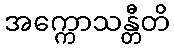
အက္ကောသန္တီတိ